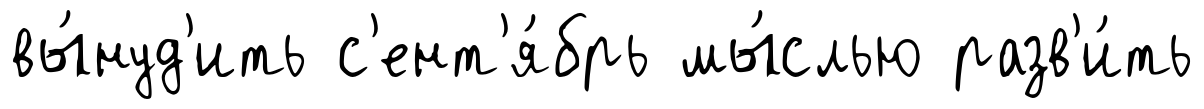
вы́нуд'ить с'ент'я́брь мы́слью разв'и́ть